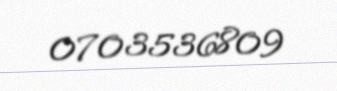
0703536809